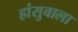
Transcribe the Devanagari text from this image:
हांसुवाला